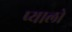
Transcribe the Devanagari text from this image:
प्यालो